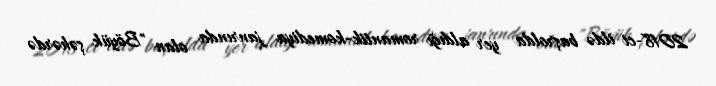
2018-ci ildə başrolda yer aldığı romantik-komediya janrında olan "Böyük şəhərdə